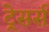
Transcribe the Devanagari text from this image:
ट्रेसर्स